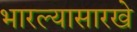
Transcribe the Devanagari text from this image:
भारल्यासारखे